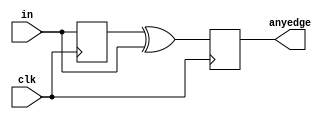
module top_module (
    input clk,
    input [7:0] in,
    output [7:0] anyedge
);
reg [7:0] q = 0;
    
    always@(posedge clk) begin 
    	q <= in;
        anyedge <= q ^ in;
    end
    
endmodule